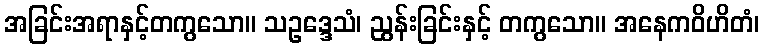
အခြင်းအရာနှင့်တကွသော။ သဥဒ္ဒေသံ၊ ညွန်းခြင်းနှင့် တကွသော။ အနေကဝိဟိတံ၊